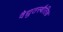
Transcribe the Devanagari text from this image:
वैद्युतस्थैतिक